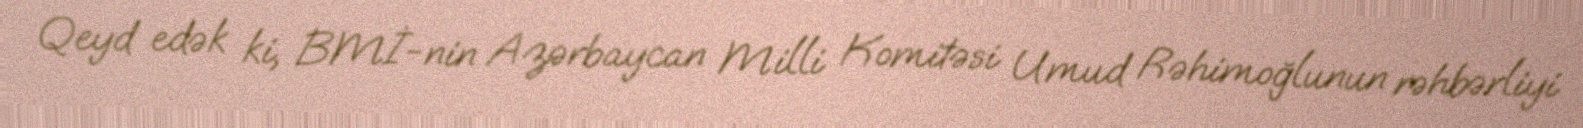
Qeyd edək ki, BMİ-nin Azərbaycan Milli Komitəsi Umud Rəhimoğlunun rəhbərliyi